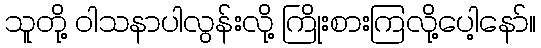
သူတို့ ဝါသနာပါလွန်းလို့ ကြိုးစားကြလို့ပေါ့နော်။